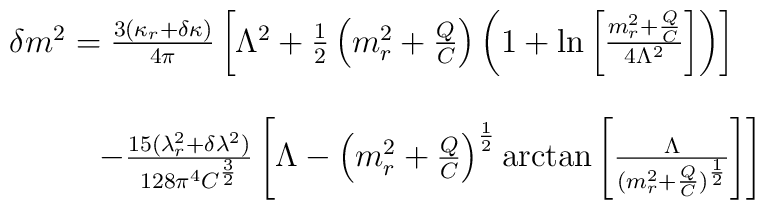
\begin{array}{c}\delta m^2= \frac{3(\kappa _r+\delta \kappa )}{4\pi }\left[ \Lambda ^2+\frac 12\left(m_r^2+\frac QC\right) \left( 1+\ln \left[ \frac{m_r^2+\frac QC}{4\Lambda ^2}\right] \right) \right] \\  \\ \hspace{1.5cm}-\frac{15(\lambda _r^2+\delta \lambda ^2)}{128\pi ^4C^{\frac32}}\left[ \Lambda -\left( m_r^2+\frac QC\right) ^{\frac 12}\arctan \left[\frac \Lambda {(m_r^2+\frac QC)^{\frac 12}}\right] \right] \end{array}